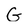
Character: G